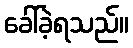
ခေါ်ခဲ့ရသည်။